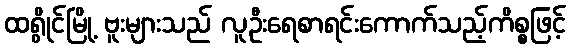
ထရွိုင်မြို့ ဗူးများသည် လူဦးရေစာရင်းကောက်သည့်ကိစ္စဖြင့်